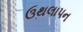
ઉથલાપન